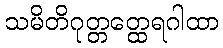
သမိတိဂုတ္တတ္ထေရဂါထာ